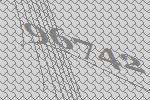
96742